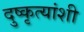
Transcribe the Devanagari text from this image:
दुष्कृत्यांशी